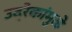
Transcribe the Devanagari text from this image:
उद्रेकांमुळे